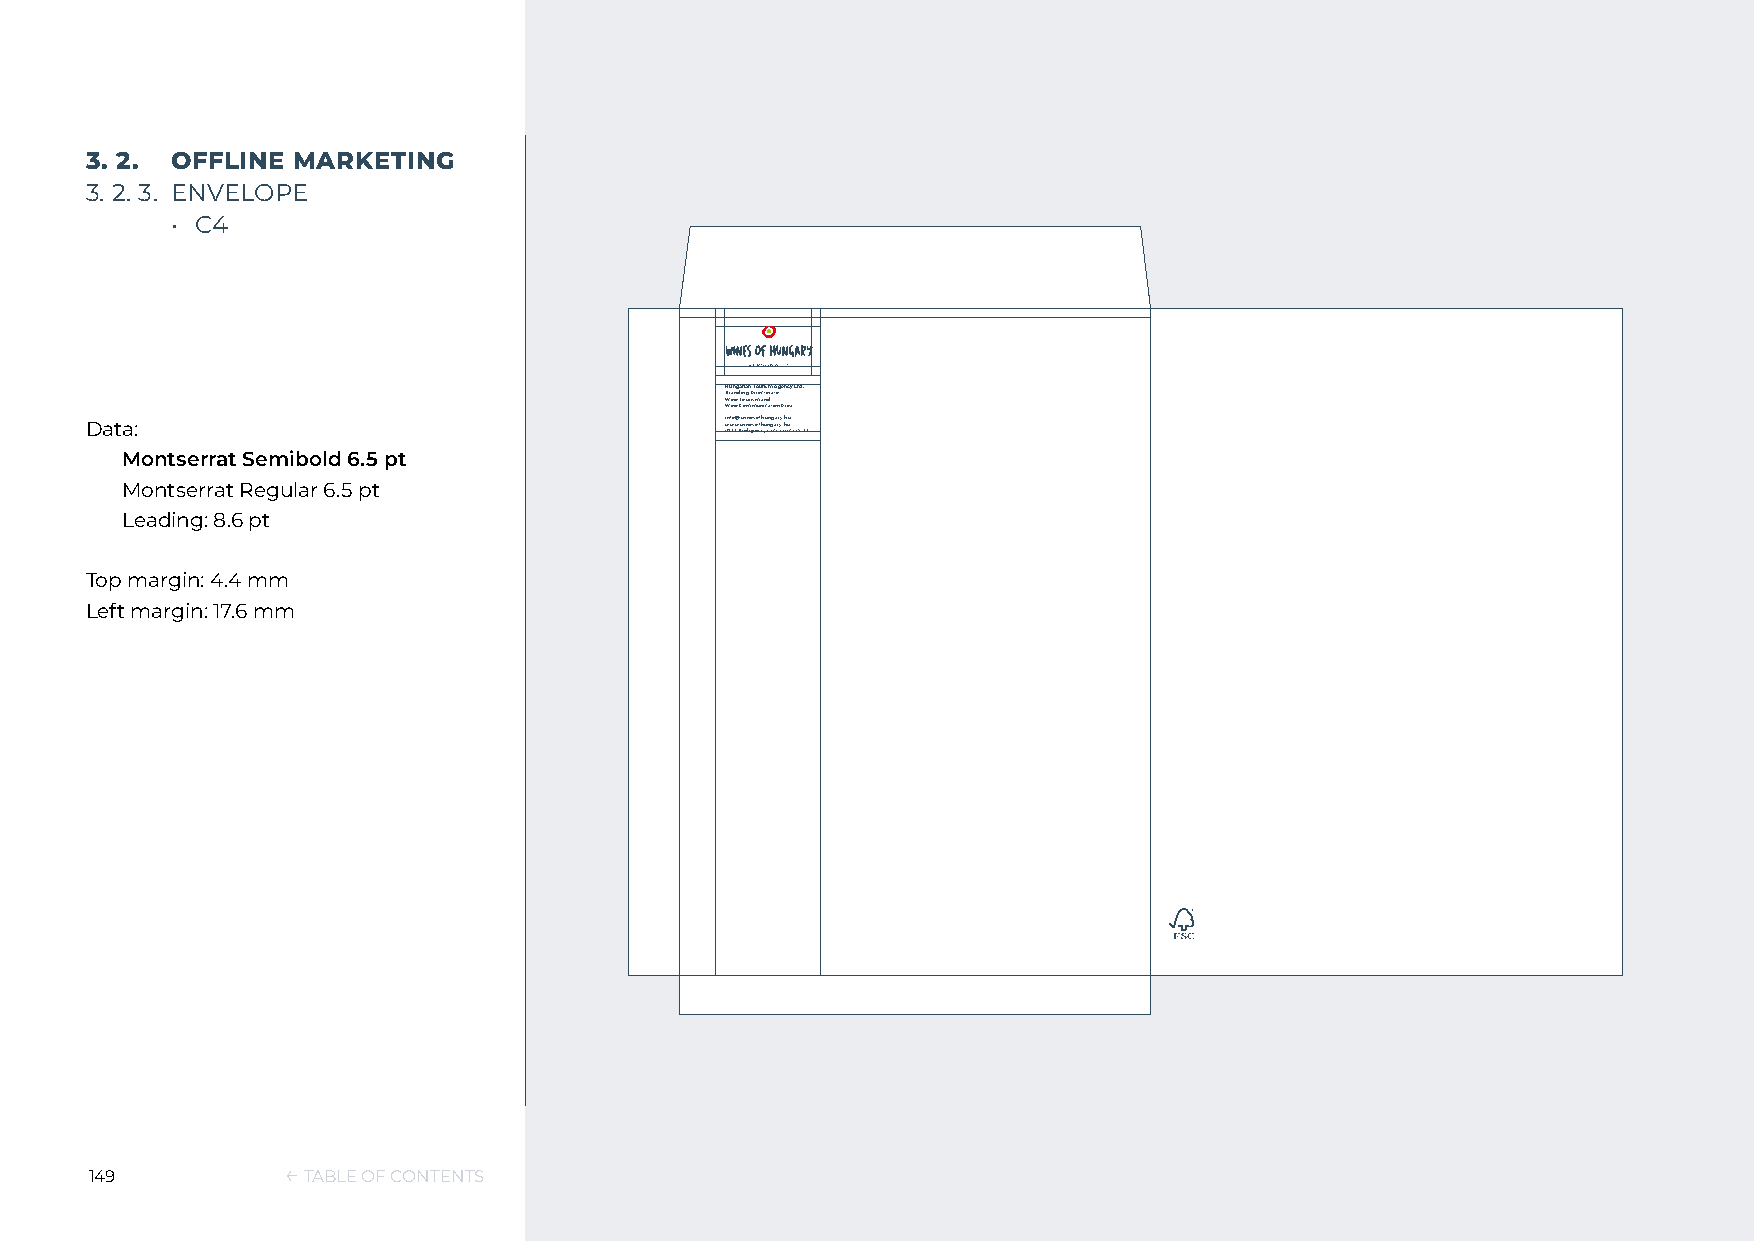
3. 2. OFFLINE MARKETING
 3. 2. 3. ENVELOPE
 • C4
 HBWWru iiannnneegd a TCirnooi uga mn r Dim sTimor ueu ncar iti ncsodamr t a i t oAe ng e An rec ay Ltd.
 Data:                                     iw1n 0wf 2o 7w@ B.ww uii dnn aee pssoeofsfhh t,uu Knn agg caa srr ayy .. uhh tuu
 ca 15-23.
 Montserrat Semibold 6.5 pt
 Montserrat Regular 6.5 pt
 Leading: 8.6 pt
 Top margin: 4.4 mm
 Left margin: 17.6 mm
 149          ← TABLE OF CONTENTS